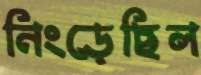
নিংড়েছিল